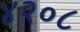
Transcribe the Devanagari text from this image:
४२०८